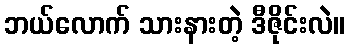
ဘယ်လောက် သားနားတဲ့ ဒီဇိုင်းလဲ။